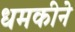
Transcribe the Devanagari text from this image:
धमकीने